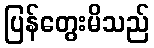
ပြန်တွေးမိသည်